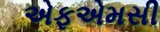
એફએમસી